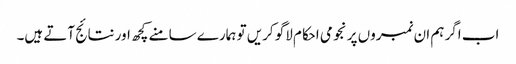
اب اگر ہم ان نمبروں پر نجومی احکام لاگو کریں تو ہمارے سامنے کچھ اور نتائج آتے ہیں۔